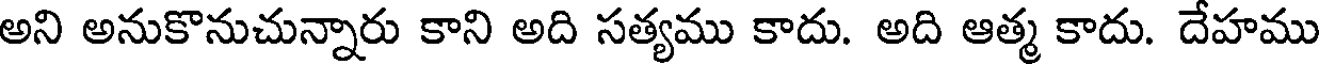
అని అనుకొనుచున్నారు కాని అది సత్యము కాదు. అది ఆత్మ కాదు. దేహము